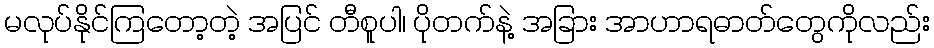
မလုပ်နိုင်ကြတော့တဲ့ အပြင် တီစူပါ၊ ပိုတက်နဲ့ အခြား အာဟာရဓာတ်တွေကိုလည်း